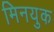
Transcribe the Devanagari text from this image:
मिनयुक